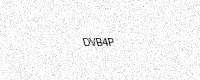
Text: DVB4P